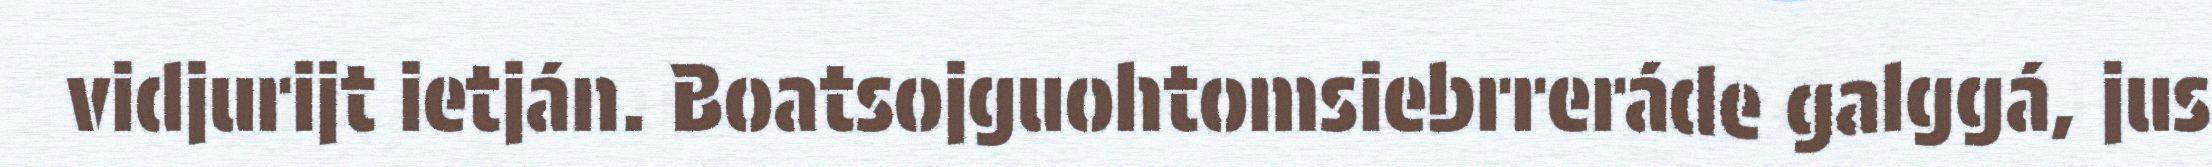
vidjurijt ietján. Boatsojguohtomsiebrreráde galggá, jus